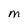
Character: M